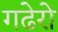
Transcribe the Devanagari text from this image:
गढेरो